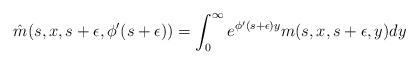
LaTeX: \begin{align*}\hat{m}(s,x,s+\epsilon,\phi'(s+\epsilon))=\int_{0}^{\infty} e^{\phi'(s+\epsilon)y}m(s,x,s+\epsilon,y)dy\end{align*}